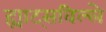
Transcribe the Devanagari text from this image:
ह्याट्सविल्ले